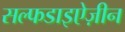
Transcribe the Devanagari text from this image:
सल्फडाइऐज़ीन